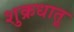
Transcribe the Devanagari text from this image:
शुक्रधातू